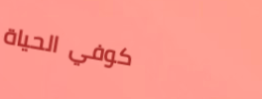
كوفي الحياة